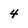
Character: 4